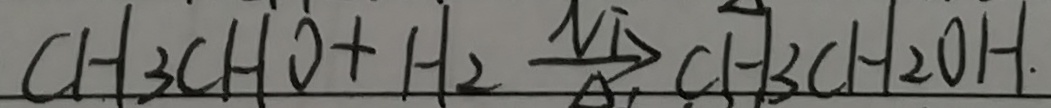
C H _ { 3 } C H O + H _ { 2 } \xrightarrow [ \Delta ] { N T } C H _ { 3 } C H _ { 2 } O H